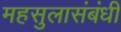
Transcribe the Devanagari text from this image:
महसुलासंबंधी